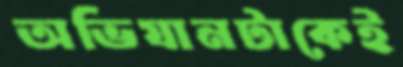
অভিযানটাকেই